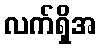
လက်ရှိအ